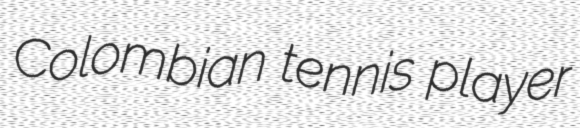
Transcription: Colombian tennis player